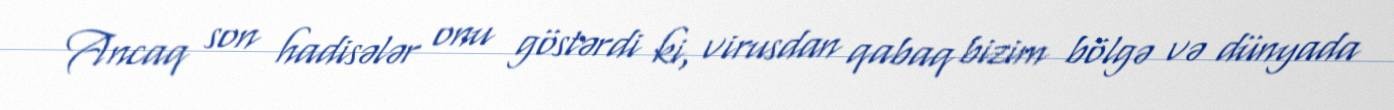
Ancaq son hadisələr onu göstərdi ki, virusdan qabaq bizim bölgə və dünyada